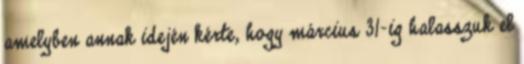
amelyben annak idején kérte, hogy március 31-ig halasszuk el